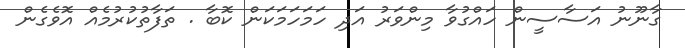
ގާނޫނު އަސާސީން ހައްގުވާ މިންވަރު އަދި ހަމަހަމަކަން ކޮބާ . ތަފާތުކުރުމެއް އޮވެގެން